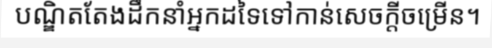
បណ្ឌិតតែងដឹកនាំអ្នកដទៃទៅកាន់សេចក្តីចម្រើន។